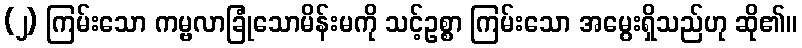
(၂) ကြမ်းသော ကမ္ဗလာခြုံသောမိန်းမကို သင့်ဥစ္စာ ကြမ်းသော အမွေးရှိသည်ဟု ဆို၏။